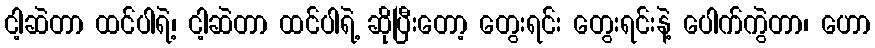
ငါ့ဆဲတာ ထင်ပါရဲ့၊ ငါ့ဆဲတာ ထင်ပါရဲ့ ဆိုပြီးတော့ တွေးရင်း တွေးရင်းနဲ့ ပေါက်ကွဲတာ၊ ဟော